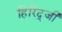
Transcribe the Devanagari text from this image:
हिरिद्जी